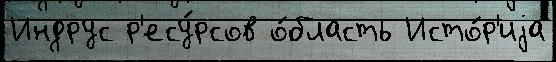
Индрус р'есу́рсов о́бласть Исто́р'иjа